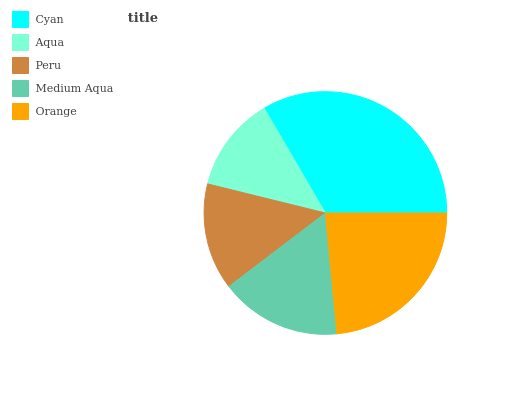
| Cyan | Aqua | Peru | Medium Aqua | Orange |
 | --- | --- | --- | --- | --- |
 | 33.4% | 12.7% | 14.2% | 16.1% | 23.6% |